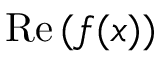
\operatorname { R e } { ( f ( x ) ) }